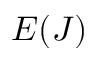
E ( J )